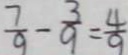
\frac { 7 } { 9 } - \frac { 3 } { 9 } = \frac { 4 } { 9 }